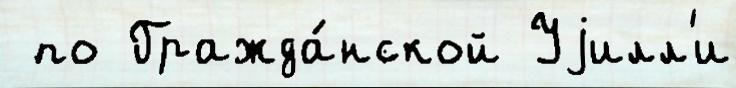
 по Гражда́нской Уjилл'и